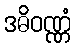
ဒဓိဝဏ္ဏံ